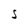
Character: S